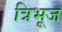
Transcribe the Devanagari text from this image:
त्रिभूज